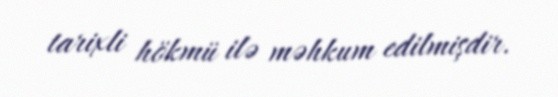
tarixli hökmü ilə məhkum edilmişdir.